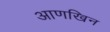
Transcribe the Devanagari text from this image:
आणखिन